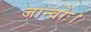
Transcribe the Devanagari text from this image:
जान्वोः।